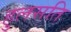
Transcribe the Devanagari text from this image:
हुलसति